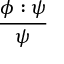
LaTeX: \frac { \phi : \psi } { \psi }